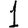
Digit: 1